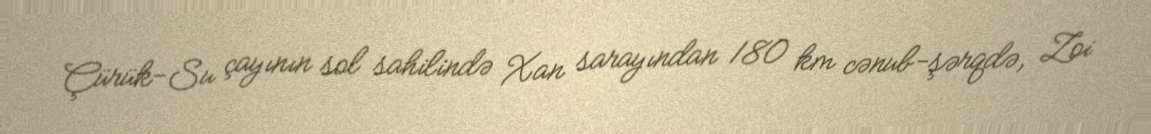
Çürük-Su çayının sol sahilində Xan sarayından 180 km cənub-şərqdə, Zoi